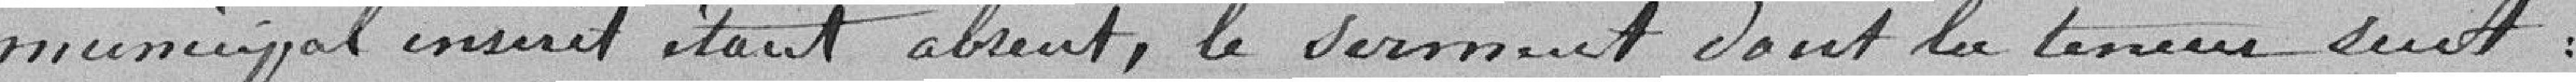
municipal inscrit étant absent, le serment dont la teneur suit :